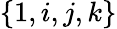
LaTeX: \{ 1,i,j,k\}